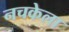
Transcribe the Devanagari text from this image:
नचकेला